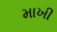
માખી